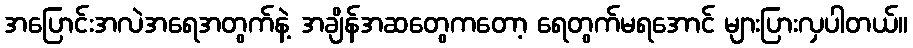
အပြောင်းအလဲအရေအတွက်နဲ့ အချိန်အဆတွေကတော့ ရေတွက်မရအောင် များပြားလှပါတယ်။